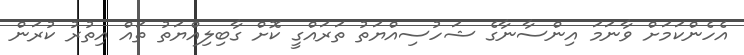
އެހެންކަމަށް ވާނަމަ އިންސާނާގެ ޝަހުސިއްޔަތު ތަރައްގީ ކޮށް ގާބިލިއްޔަތު ތައް އިތުރު ކުރަން